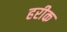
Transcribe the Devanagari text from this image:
हरीक